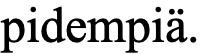
pidempiä.